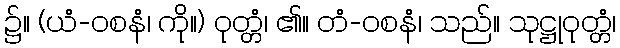
၌။ (ယံ-ဝစနံ၊ ကို။) ဝုတ္တံ၊ ၏။ တံ-ဝစနံ၊ သည်။ သုဋ္ဌုဝုတ္တံ၊